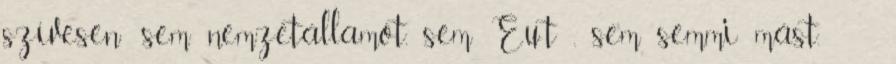
szívesen: sem nemzetállamot, sem Eu-t , sem semmi mást.